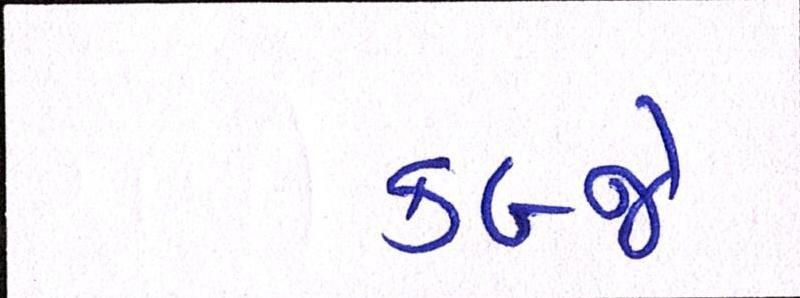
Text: કબ્જે